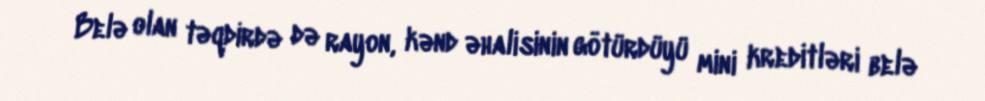
Belə olan təqdirdə də rayon, kənd əhalisinin götürdüyü mini kreditləri belə